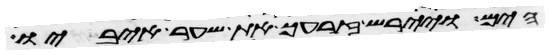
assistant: הים ויירש זרעך את שער איביו